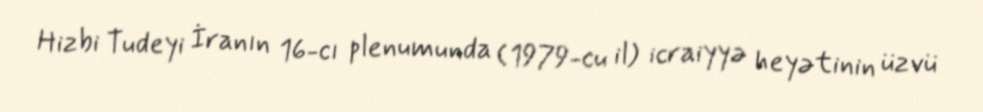
Hizbi Tudeyi İranın 16-cı plenumunda (1979-cu il) icraiyyə heyətinin üzvü